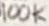
Text: 100K